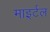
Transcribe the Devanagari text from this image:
माइर्टल